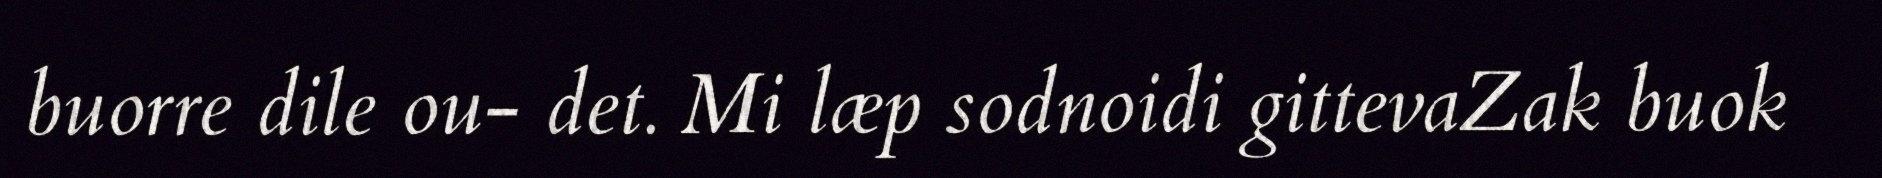
buorre dile ou- det. Mi læp sodnoidi gittevaZak buok